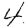
Digit: 4